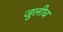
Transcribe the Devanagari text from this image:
जुलीच